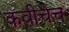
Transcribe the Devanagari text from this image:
कवीचेच